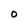
Character: O